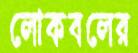
লোকবলের